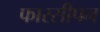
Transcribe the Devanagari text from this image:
फारसीपन